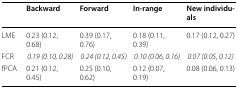
<table><thead><tr><td></td><td><b>Backward</b></td><td><b>Forward</b></td><td><b>In-range</b></td><td><b>New individuals</b></td></tr></thead><tbody><tr><td>LME</td><td>0.23 (0.12, 0.68)</td><td>0.39 (0.17, 0.76)</td><td>0.18 (0.11, 0.39)</td><td>0.17 (0.12, 0.27)</td></tr><tr><td>FCR</td><td><i>0.19 (0.10, 0.28)</i></td><td><i>0.24 (0.12, 0.45)</i></td><td><i>0.10 (0.06, 0.16)</i></td><td><i>0.07 (0.05, 0.12)</i></td></tr><tr><td>fPCA</td><td>0.21 (0.12, 0.45)</td><td>0.25 (0.10, 0.62)</td><td>0.12 (0.07, 0.19)</td><td>0.08 (0.06, 0.13)</td></tr></tbody></table>